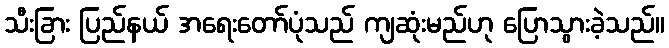
သီးခြား ပြည်နယ် အရေးတော်ပုံသည် ကျဆုံးမည်ဟု ပြောသွားခဲ့သည်။